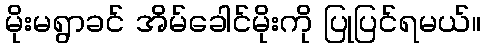
မိုးမရွာခင် အိမ်ခေါင်မိုးကို ပြုပြင်ရမယ်။